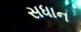
સધાન